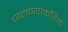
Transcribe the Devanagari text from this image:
चालण्याकरितां